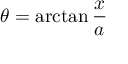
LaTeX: \theta = \arctan { \frac { x } { a } }